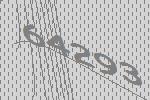
64293